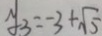
y 3 = - 3 + \sqrt { 5 }